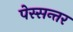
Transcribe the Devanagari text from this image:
पेस्सन्तर